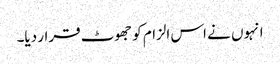
انہوں نے اس الزام کو جھوٹ قرار دیا۔